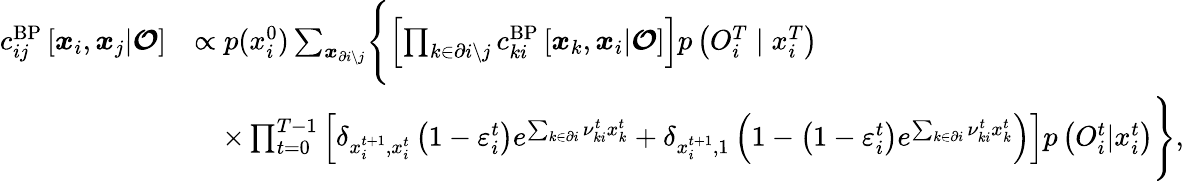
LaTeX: \begin{array}{rl}{c_{ij}^{\mathrm{BP}}\left[\boldsymbol{x}_{i},\boldsymbol{x}_{j}|\boldsymbol{\mathcal{O}}\right]}&{\propto p(x_{i}^{0})\sum_{\boldsymbol{x}_{\partial i\setminus j}}\Biggl\{ \left[\prod_{k\in\partial i\setminus j}c_{ki}^{\mathrm{BP}}\left[\boldsymbol{x}_{k},\boldsymbol{x}_{i}|\boldsymbol{\mathcal{O}}\right]\right]p\left({O}_{i}^{T}\mid x_{i}^{T}\right)}\\ &{\quad\times\prod_{t=0}^{T-1}\left[\delta_{x_{i}^{t+1},x_{i}^{t}}\left(1-\varepsilon_{i}^{t}\right)e^{\sum_{k\in\partial i}\nu_{ki}^{t}x_{k}^{t}}+\delta_{x_{i}^{t+1},1}\left(1-\left(1-\varepsilon_{i}^{t}\right)e^{\sum_{k\in\partial i}\nu_{ki}^{t}x_{k}^{t}}\right)\right]p\left({O}_{i}^{t}|x_{i}^{t}\right)\Biggr\} ,}\end{array}